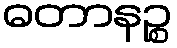
ဓတာနဉ္စ